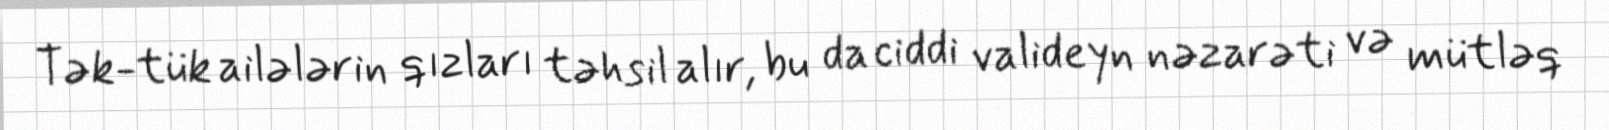
Tək-tük ailələrin qızları təhsil alır, bu da ciddi valideyn nəzarəti və mütləq